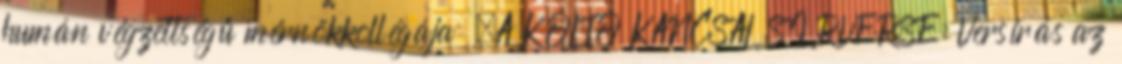
humán végzettségű mérnökkollégája „A KÖLTŐ KANCSAL SÍRVERSE: Versírás az